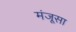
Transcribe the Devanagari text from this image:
मंजूसा